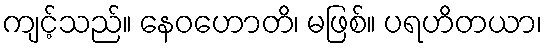
ကျင့်သည်။ နေဝဟောတိ၊ မဖြစ်။ ပရဟိတယာ၊